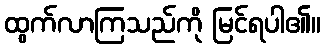
ထွက်လာကြသည်ကို မြင်ရပါ၏။